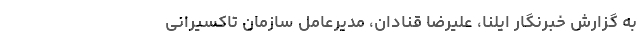
به گزارش خبرنگار ایلنا، علیرضا قنادان، مدیرعامل سازمان تاکسیرانی